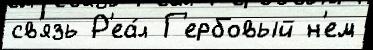
св'язь Р'еа́л Г'ербовый н'ем